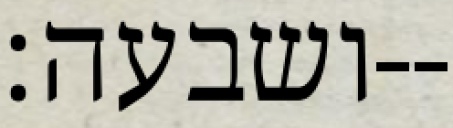
ושבעה׃--